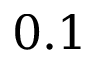
0 . 1